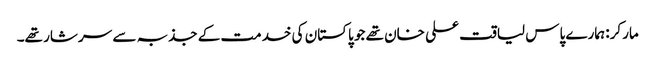
مارکر: ہمارے پاس لیاقت علی خان تھے جو پاکستان کی خدمت کے جذبہ سے سرشار تھے۔